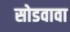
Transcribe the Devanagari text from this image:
सोडवावा